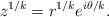
\begin{align*}z^{1/k} = r^{1/k}e^{i\theta/k}.\end{align*}